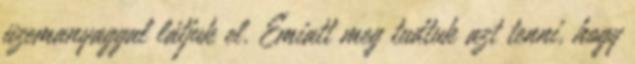
üzemanyaggal látjuk el. Emiatt meg tudtuk azt tenni, hogy